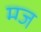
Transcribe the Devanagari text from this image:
म्ग्ज